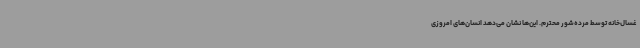
غسال‌خانه توسط مرده‌شور محترم. این‌ها نشان می‌دهد انسان‌های امروزی